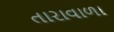
તારાવાળા